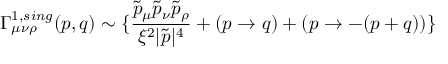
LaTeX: \Gamma _ { \mu \nu \rho } ^ { 1 , s i n g } ( p , q ) \sim \{ \frac { \tilde { p } _ { \mu } \tilde { p } _ { \nu } \tilde { p } _ { \rho } } { \xi ^ { 2 } | \tilde { p } | ^ { 4 } } + ( p \rightarrow q ) + ( p \rightarrow - ( p + q ) ) \}